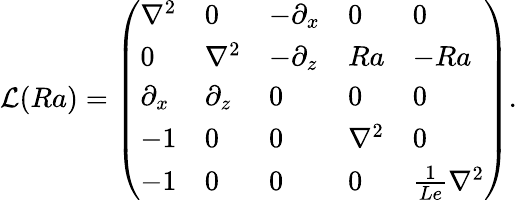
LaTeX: \mathcal{L}(Ra)=\left(\begin{array}{lllll}{\nabla^{2}}&{0}&{-\partial_{x}}&{0}&{0}\\ {0}&{\nabla^{2}}&{-\partial_{z}}&{Ra}&{-Ra}\\ {\partial_{x}}&{\partial_{z}}&{0}&{0}&{0}\\ {-1}&{0}&{0}&{\nabla^{2}}&{0}\\ {-1}&{0}&{0}&{0}&{\frac{1}{Le}\nabla^{2}}\end{array}\right).